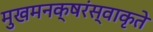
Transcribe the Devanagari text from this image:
मुखमनक्षरंस्वाकृते